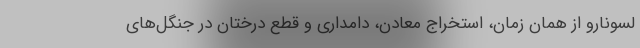
لسونارو از همان زمان، استخراج معادن، دامداری و قطع درختان در جنگل‌های